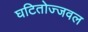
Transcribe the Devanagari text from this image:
घटितोज्जवल